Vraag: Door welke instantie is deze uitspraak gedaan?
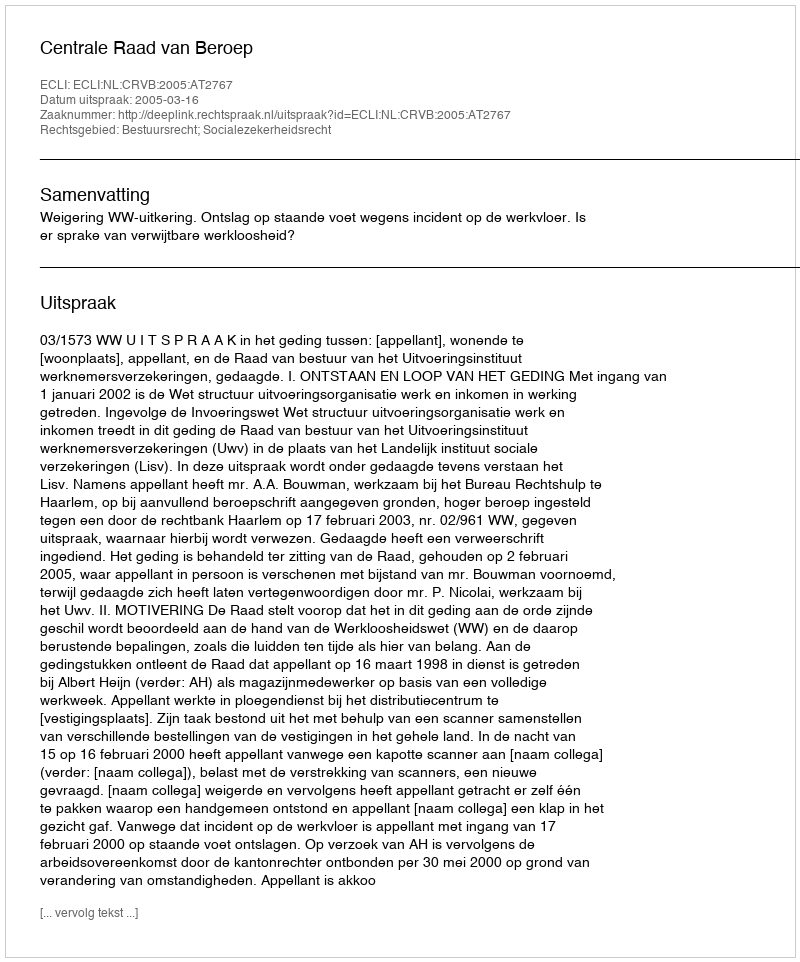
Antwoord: Centrale Raad van Beroep